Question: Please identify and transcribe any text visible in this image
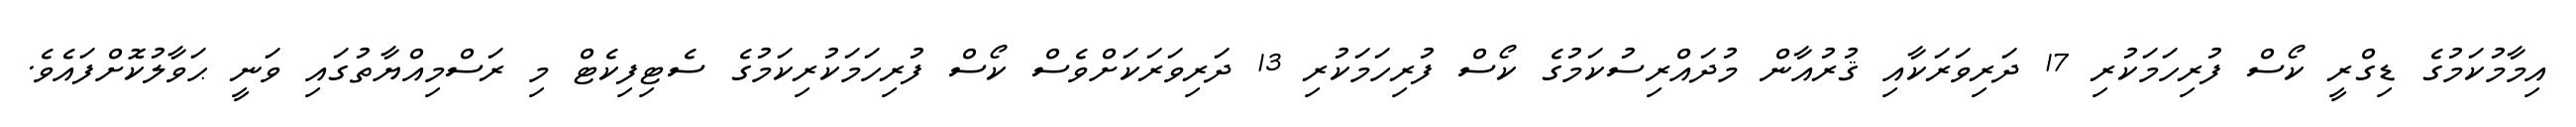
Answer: އިމާމުކަމުގެ ޑިގްރީ ކޯސް ފުރިހަމަކުރި 17 ދަރިވަރަކާއި ޤުރުއާން މުދައްރިސުކަމުގެ ކޯސް ފުރިހަމަކުރި 13 ދަރިވަރަކަށްވެސް ކޯސް ފުރިހަމަކުރިކަމުގެ ސެޓިފިކެޓް މި ރަސްމިއްޔާތުގައި ވަނީ ޙަވާލުކޮށްފައެވެ.